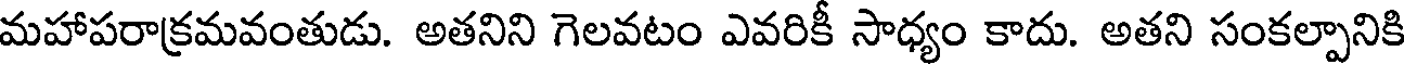
మహాపరాక్రమవంతుడు. అతనిని గెలవటం ఎవరికీ సాధ్యం కాదు. అతని సంకల్పానికి